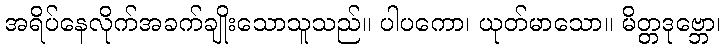
အရိပ်နေလိုက်အခက်ချိုးသောသူသည်။ ပါပကော၊ ယုတ်မာသော။ မိတ္တဒုဗ္ဘော၊